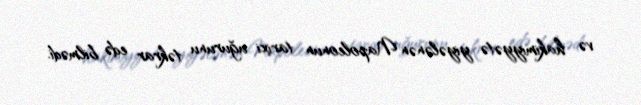
və hakimiyyətə yiyələnən Napoleonun tarixi uğurunu təkrar edə bilmədi.